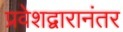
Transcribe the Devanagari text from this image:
प्रवेशद्वारानंतर